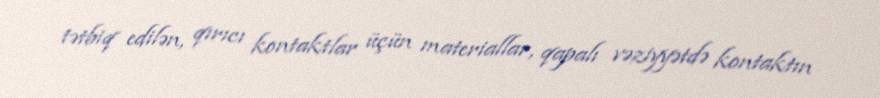
tətbiq edilən, qırıcı kontaktlar üçün materiallar, qapalı vəziyyətdə kontaktın